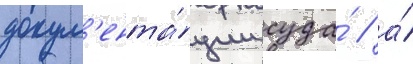
докум'ента́ции суда́ / а́